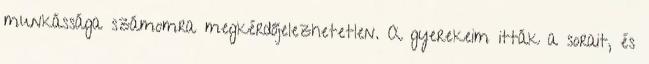
munkássága számomra megkérdőjelezhetetlen. A gyerekeim itták a sorait, és